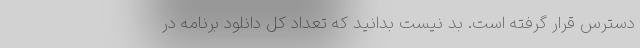
دسترس قرار گرفته است. بد نیست بدانید که تعداد کل دانلود برنامه در